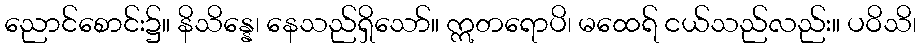
ညောင်စောင်း၌။ နိသိန္နေ၊ နေသည်ရှိသော်။ ဣတရောပိ၊ မထေရ် ငယ်သည်လည်း။ ပဝိသိ၊